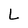
Character: L